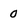
Character: 0